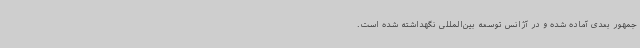
جمهور بعدی آماده شده و در آژانس توسعه بین‌المللی نگهداشته شده است.